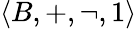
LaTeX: \langle B,+,\lnot,1\rangle